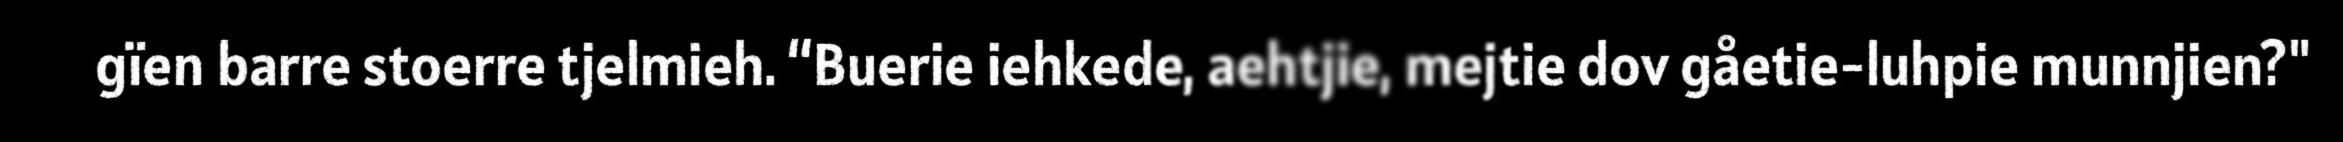
gïen barre stoerre tjelmieh. “Buerie iehkede, aehtjie, mejtie dov gåetie-luhpie munnjien?"